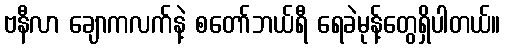
ဗနီလာ ချောကလက်နဲ့ စတော်ဘယ်ရီ ရေခဲမုန့်တွေရှိပါတယ်။